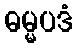
ဓမ္မပဒံ